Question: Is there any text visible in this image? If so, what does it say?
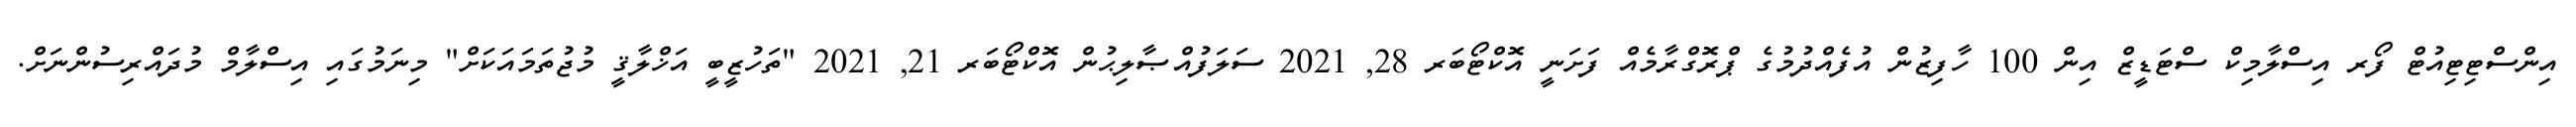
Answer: އިންސްޓިޓިއުޓް ފޯރ އިސްލާމިކް ސްޓަޑީޒް އިން 100 ހާފިޒުން އުފެއްދުމުގެ ޕްރޮގްރާމެއް ފަށަނީ އޮކްޓޯބަރ 28, 2021 ސަލަފުއްޞާލިޙުން އޮކްޓޯބަރ 21, 2021 "ތަހުޒީބީ އަޚްލާޤީ މުޖުތަމައަކަށް" މިނަމުގައި އިސްލާމް މުދައްރިސުންނަށް.